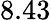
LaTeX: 8.43